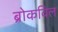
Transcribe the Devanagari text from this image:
ब्रोकविल